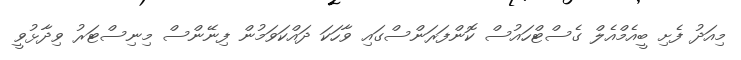
މިއަދު ފެށި ބީއެމްއެލް ގެސްޓްހައުސް ކޮންފަރަންސްގައި ވާހަކަ ދައްކަވަމުން ފިނޭންސް މިނިސްޓަރު ވިދާޅުވީ